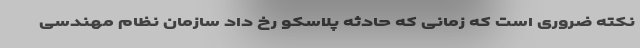
نکته ضروری است که زمانی که حادثه پلاسکو رخ داد سازمان نظام مهندسی